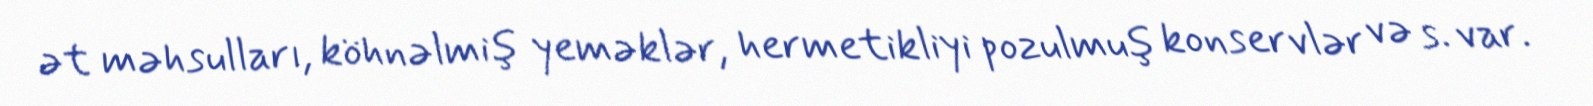
ət məhsulları, köhnəlmiş yeməklər, hermetikliyi pozulmuş konservlər və s. var.